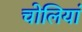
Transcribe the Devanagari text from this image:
चोलियां